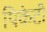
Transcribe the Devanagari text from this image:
पिकेटी